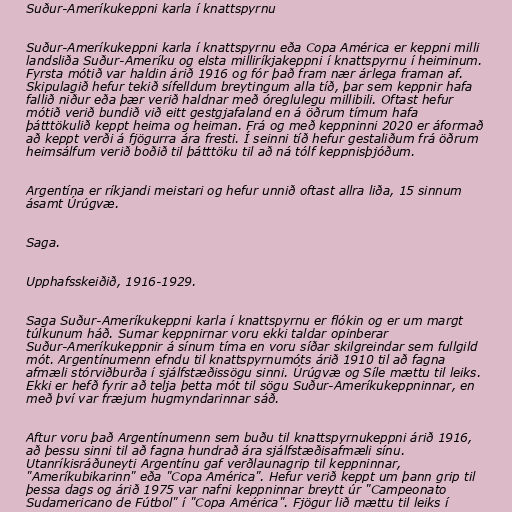
Suður-Ameríkukeppni karla í knattspyrnu

Suður-Ameríkukeppni karla í knattspyrnu eða Copa América er keppni milli
landsliða Suður-Ameríku og elsta milliríkjakeppni í knattspyrnu í heiminum.
Fyrsta mótið var haldin árið 1916 og fór það fram nær árlega framan af.
Skipulagið hefur tekið sífelldum breytingum alla tíð, þar sem keppnir hafa
fallið niður eða þær verið haldnar með óreglulegu millibili. Oftast hefur
mótið verið bundið við eitt gestgjafaland en á öðrum tímum hafa
þátttökulið keppt heima og heiman. Frá og með keppninni 2020 er áformað
að keppt verði á fjögurra ára fresti. Í seinni tíð hefur gestaliðum frá öðrum
heimsálfum verið boðið til þátttöku til að ná tólf keppnisþjóðum.

Argentína er ríkjandi meistari og hefur unnið oftast allra liða, 15 sinnum
ásamt Úrúgvæ.

Saga.

Upphafsskeiðið, 1916-1929.

Saga Suður-Ameríkukeppni karla í knattspyrnu er flókin og er um margt
túlkunum háð. Sumar keppnirnar voru ekki taldar opinberar
Suður-Ameríkukeppnir á sínum tíma en voru síðar skilgreindar sem fullgild
mót. Argentínumenn efndu til knattspyrnumóts árið 1910 til að fagna
afmæli stórviðburða í sjálfstæðissögu sinni. Úrúgvæ og Síle mættu til leiks.
Ekki er hefð fyrir að telja þetta mót til sögu Suður-Ameríkukeppninnar, en
með því var fræjum hugmyndarinnar sáð.

Aftur voru það Argentínumenn sem buðu til knattspyrnukeppni árið 1916,
að þessu sinni til að fagna hundrað ára sjálfstæðisafmæli sínu.
Utanríkisráðuneyti Argentínu gaf verðlaunagrip til keppninnar,
"Ameríkubikarinn" eða "Copa América". Hefur verið keppt um þann grip til
þessa dags og árið 1975 var nafni keppninnar breytt úr "Campeonato
Sudamericano de Fútbol" í "Copa América". Fjögur lið mættu til leiks í